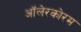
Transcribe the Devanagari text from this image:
ऑलेरकोरम